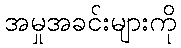
အမှုအခင်းများကို